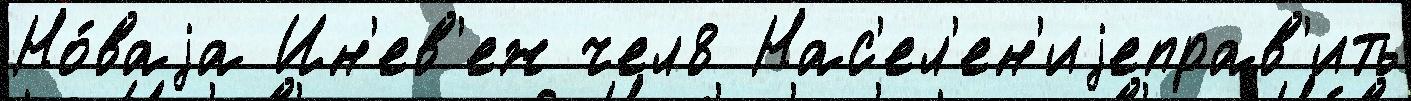
Но́ваjа Ин'ев'еж чел8 Нас'ел'ен'иjеправ'ить